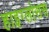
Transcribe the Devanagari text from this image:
हाइग्लोसस